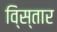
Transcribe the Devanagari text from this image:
वि्स्तार